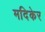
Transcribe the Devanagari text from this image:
मदिकेर